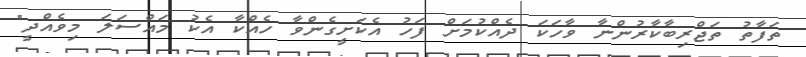
ތަފާތު ތަޖްރިބާކާރުންނާ ވާހަކަ ދެއްކުމަށް ފަހު އެކަށީގެންވާ ހެއްކާ އެކު މައްސަލަ މިވެއްދީ"